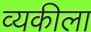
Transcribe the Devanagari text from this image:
व्यकीला